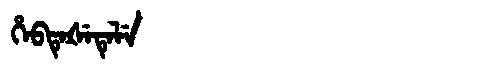
Manchu: ᡥᡝᠪᡨᡝᡧᡝᡨᡝᠯᡝ
Romanization: HEBTEŠETELE